Lunatic asylums Central Provinces reports 1886-1894 - 1886-1894
Year: 1886
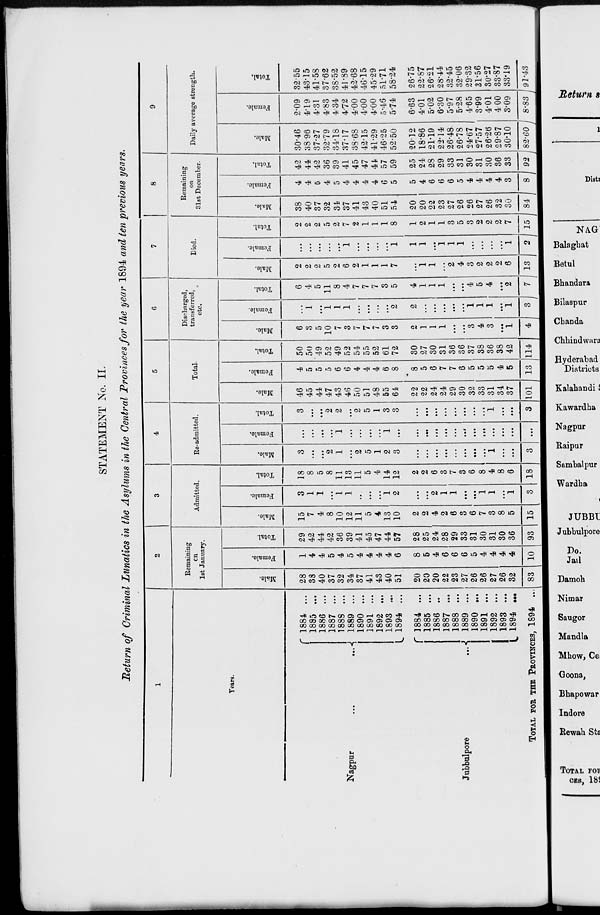
STATEMENT No. II.
Return of Criminal Lunatics in the Asylums in the Central Provinces for the year 1894 and ten previous years.
1
Years.
Nagpur ... ...
Jubbulpore
...
1884 ...
1885 ...
1886 ...
1887 ...
1888 ...
1889 ...
1890 ...
1891 ...
1892 ...
1893 ...
1894 ...
1884 ...
1885 ...
1886 ...
1887 ...
1888 ...
1889 ...
1890 ...
1891 ...
1892 ...
1893 ...
1894 ...
TOTAL FOR THE PROVINCES, 1894
...
2
Remaining
on
1st January.
Male.
28
38
40
37
32
34
37
41
43
40
51
20
20
20
22
23
27
26
26
27
26
32
83
Female.
1
4
4
5
4
5
4
4
4
4
6
8
5
4
6
6
6
5
4
4
4
4
10
Total.
29
42
44
42
36
39
41
45
47
44
57
28
25
24
28
29
33
31
30
31
30
36
93
3
Admitted.
Male.
15
7
4
8
10
12
11
5
4
13
10
2
2
4
2
6
3
6
7
3
8
5
15
Female.
3
1
1
...
1
1
...
...
...
1
2
...
...
2
1
1
...
...
1
1
...
1
3
Total.
18
8
5
8
11
13
11
5
4
14
12
2
2
6
3
7
3
6
8
4
8
6
18
4
Re-admitted.
Male.
3
...
...
2
1
...
2
5
1
2
3
...
...
...
...
...
...
...
...
1
...
...
3
Female.
...
...
...
...
1
...
...
...
...
1
...
...
...
...
...
...
...
...
...
...
...
...
...
Total.
3
...
...
2
2
...
2
5
1
3
3
...
...
...
...
...
...
...
...
1
...
...
3
5
Total.
Male.
46
45
44
47
43
46
50
51
48
55
64
22
22
24
24
29
30
32
33
31
34
37
101
Female.
4
5
5
5
6
6
4
4
4
6
8
8
5
6
7
7
6
5
5
5
4
5
13
Total.
50
50
49
52
49
52
54
55
52
61
72
30
27
30
31
36
36
37
38
36
38
42
114
6
Discharged,
transferred,
etc.
Male.
6
3
5
10
7
3
7
7
7
3
3
1
1
1
...
...
3
4
3
...
1
4
Female.
...
1
...
1
1
1
...
...
...
...
2
2
...
...
...
...
...
1
1
1
...
1
3
Total.
6
4
5
11
8
4
7
7
7
3
5
4
1
1
1
...
...
4
5
4
...
2
7
7
Died.
Male.
2
2
2
5
2
6
2
1
1
1
7
...
1
1
...
2
4
3
2
2
2
6
13
Female.
...
...
...
...
...
1
...
...
...
...
1
1
1
...
1
1
1
...
...
...
...
1
2
Total.
2
2
2
5
2
7
2
1
1
1
8
1
2
1
1
3
5
3
2
2
2
7
15
8
Remaining
on
31st December.
Male.
38
40
37
32
34
37
41
43
40
51
54
20
20
22
23
27
26
26
27
26
32
30
84
Female.
4
4
5
4
5
4
4
4
4
6
5
5
4
6
6
6
5
4
4
4
4
3
8
Total.
42
44
42
36
39
41
45
47
44
57
59
25
24
28
29
33
31
30
31
30
36
33
92
9
Daily average strength.
Male.
30.46
38.96
37.27
32.79
34.18
37.17
38.68
42.15
41.29
46.25
52.50
20.12
18.86
21.19
22.14
26.48
26.78
24.67
27.57
26.26
29.87
30.10
82.60
Female.
2.09
4.19
4.31
4.83
4.34
4.72
4.00
4.00
4.00
5.46
5.74
6.63
4.01
5.02
6.30
5.97
5.28
4.65
3.99
4.01
4.00
3.09
8.83
Total.
32.55
43.15
41.58
37.62
38.52
41.89
42.68
46.15
45.29
51.71
58.24
26.75
22.87
26.21
28.44
32.45
32.06
29.32
31.56
30.27
33.87
33.19
91.43